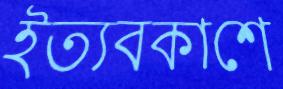
ইত্যবকাশে